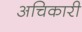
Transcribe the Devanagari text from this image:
अचिकारी